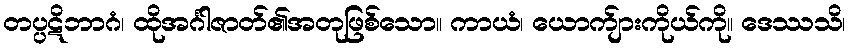
တပ္ပဋိဘာဂံ၊ ထိုအင်္ဂါဇာတ်၏အတုဖြစ်သော။ ကာယံ၊ ယောက်ျားကိုယ်ကို။ ဒေဿသိ၊